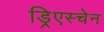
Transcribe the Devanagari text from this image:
ड्रिएस्चेन